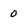
Character: 0